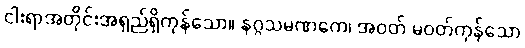
ငါးရာအတိုင်းအရှည်ရှိကုန်သော။ နဂ္ဂသမဏကေ၊ အဝတ် မဝတ်ကုန်သော